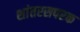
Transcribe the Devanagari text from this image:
शांतरसपरक